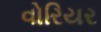
વોરિયર